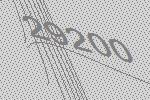
29200